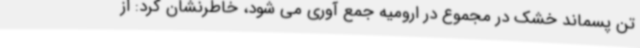
تن پسماند خشک در مجموع در ارومیه جمع آوری می شود، خاطرنشان کرد: از